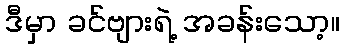
ဒီမှာ ခင်ဗျားရဲ့ အခန်းသော့။